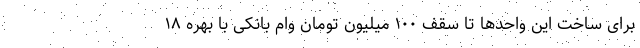
برای ساخت این واحدها تا سقف ۱۰۰ میلیون تومان وام بانکی با بهره ۱۸